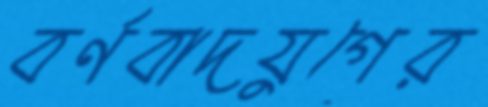
বর্ণবাদযুগের